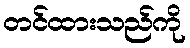
တင်ထားသည်ကို